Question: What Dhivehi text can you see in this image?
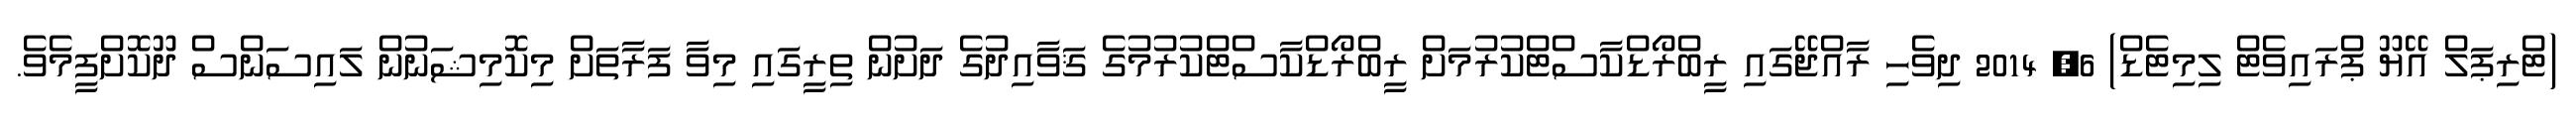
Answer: (ޓްރިޕަލް އޭޔޫ ޕްރައިވެޓް ލިމިޓެޑް) 6, 2014 ދިވެހި ރާއްޖޭގައި ރީބްރޯޑްކާސްޓްކުރުމަށް ރީބްރޯޑްކާސްޓްކުރުމުގެ ޤަވާއިދުގެ ދަށުން ތިރީގައި މިވާ ފަރާތަށް މިކޮމިޝަނުން ލައިސަންސް ދޫކޮށްފީމެވެ.